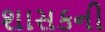
શાસકની